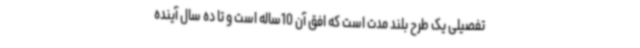
تفصیلی یک طرح بلند مدت است که افق آن 10ساله است و تا ده سال آینده